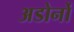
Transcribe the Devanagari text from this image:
अडोर्नो